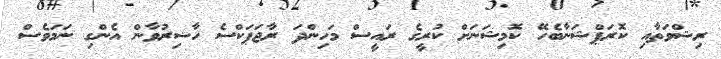
ރިޝްވަތާއި ކޮރަޕްޝަނާބެހޭ ކޮމިޝަނަށް ކުރީގެ ރައީސް މަހިންދަ ރާޖަޕަކްސެ ހާޟިރުވާން އެންގި ނަމަވެސް